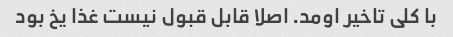
با کلی تاخیر اومد. اصلا قابل قبول نیست غذا یخ بود